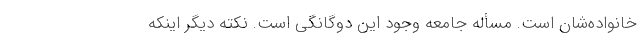
خانواده‌شان است. مسأله جامعه وجود این دوگانگی است. نکته دیگر اینکه